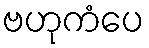
ဗဟုကံပေ